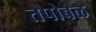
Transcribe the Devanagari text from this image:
तपोबळ